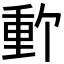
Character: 𬪽